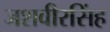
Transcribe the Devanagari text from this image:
जशवीरसिंह